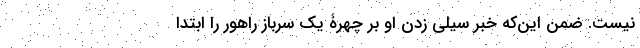
نیست. ضمن این‌که خبر سیلی زدن او بر چهرۀ یک سرباز راهور را ابتدا